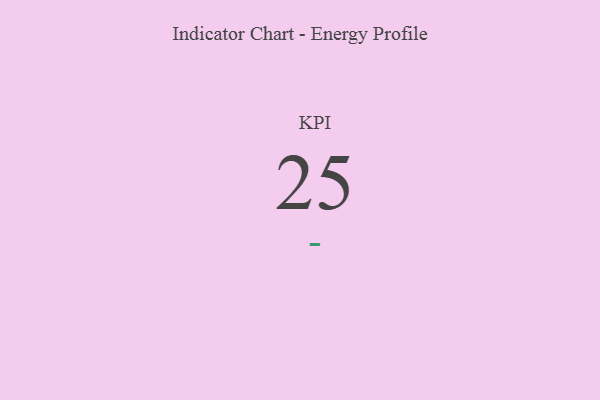
{"axis": {"x": "KPI", "y": "Value"}, "legend": [""], "data": [{"x": "KPI", "y": 25, "type": ""}]}